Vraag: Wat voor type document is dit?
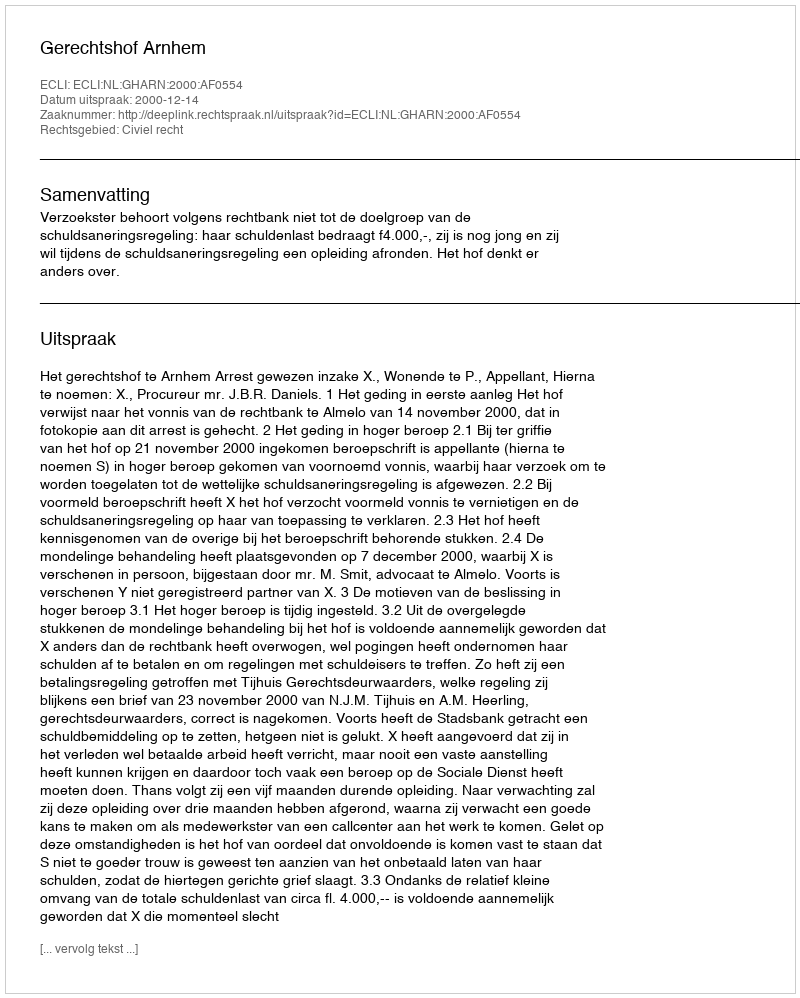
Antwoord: Uitspraak